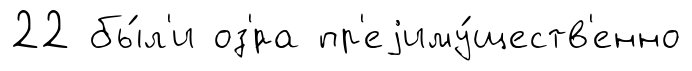
22 бы́л'и оз'́ра пр'еjиму́ществ'енно